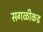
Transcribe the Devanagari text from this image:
सगळीकड